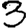
Digit: 3